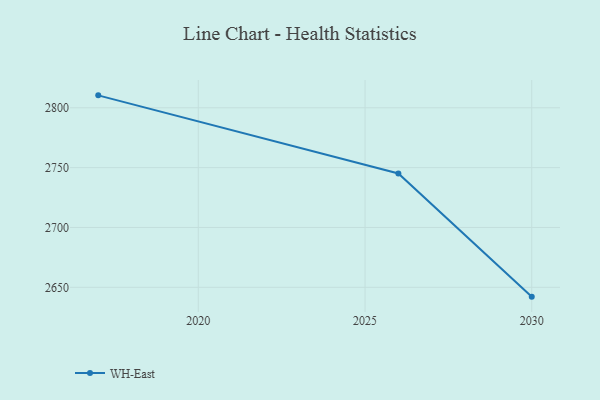
{"axis": {"x": "Year", "y": "Demand Index"}, "legend": ["WH-East"], "data": [{"x": "2030", "y": 2642.2, "type": "WH-East"}, {"x": "2026", "y": 2745.1, "type": "WH-East"}, {"x": "2017", "y": 2810.4, "type": "WH-East"}]}